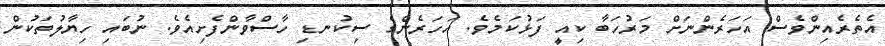
އެތެރެއިންވެސް އަހަރެންނަށް މަރުހަބާ ކިއީ ފަޅުކަމެވެ. އަހަރެންގެ ސިކުނޑި ހާސްވާންފެށިއެވެ. ނުބައި ހިޔާލުތަކުން